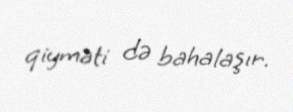
qiyməti də bahalaşır.